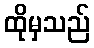
ထိုမှသည်